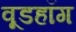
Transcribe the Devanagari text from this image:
वूडहॉग